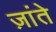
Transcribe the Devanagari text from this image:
ज़ांते